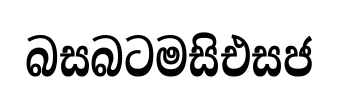
බසබටමසිඑසජ